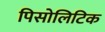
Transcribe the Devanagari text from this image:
पिसोलिटिक